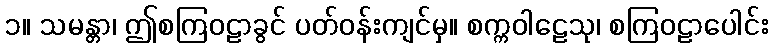
၁။ သမန္တာ၊ ဤစကြဝဠာခွင် ပတ်ဝန်းကျင်မှ။ စက္ကဝါဠေသု၊ စကြဝဠာပေါင်း